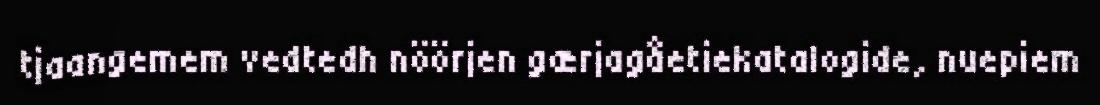
tjaangemem vedtedh nöörjen gærjagåetiekatalogide, nuepiem